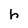
Character: h